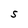
Character: S